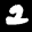
Label: 2